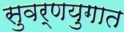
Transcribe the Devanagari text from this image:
सुवर्णयुगात